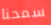
سمحنا